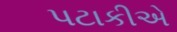
પટાકીએ